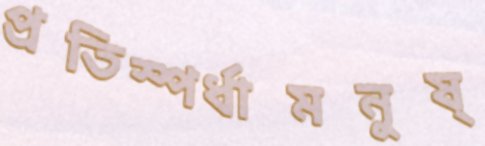
প্রতিস্পর্ধামনুষ্